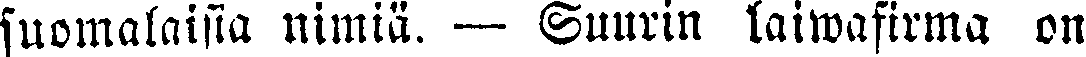
suomalaisia nimiä. — Suurin laiwafirma on